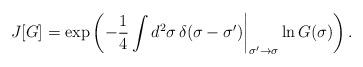
LaTeX: \begin{align*}J[G]=\exp\left(-\frac{1}{4}\int d^2\sigma\,\delta (\sigma -\sigma ')\biggr|_{\sigma'\rightarrow\sigma } \ln G(\sigma)\right).\end{align*}